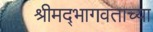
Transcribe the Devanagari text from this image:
श्रीमद्‍भागवताच्या